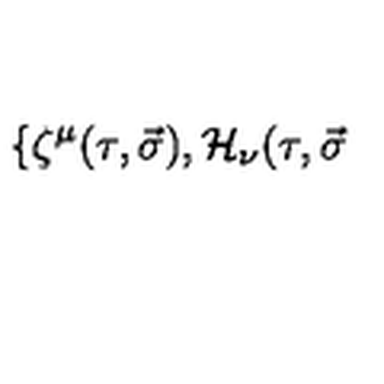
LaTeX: \{ \zeta ^ { \mu } ( \tau , \vec { \sigma } ) , { \cal H } _ { \nu } ( \tau , \vec { \sigma }